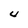
Character: U